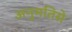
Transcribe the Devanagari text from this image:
अनुमतिसे